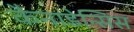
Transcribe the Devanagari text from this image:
कैनाडेन्सिस